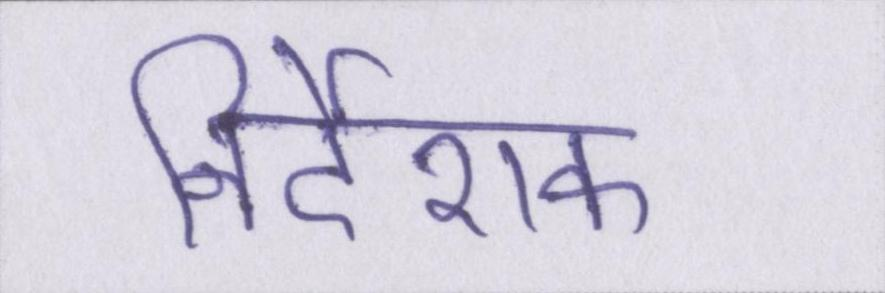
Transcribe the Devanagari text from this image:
निर्देशक